Education (Scotland) Act, 1918, 1918
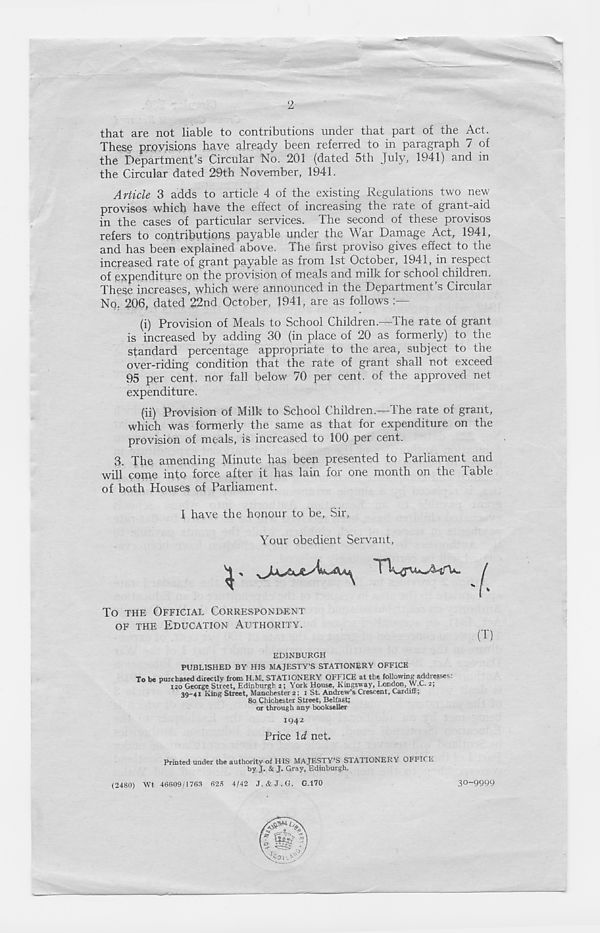
2
that are not liable to contributions under that part of the Act.
These provisions have already been referred to in paragraph 7 of
the Department’s Circular No. 201 (dated 5th July, 1941) and in
the Circular dated 29th November, 1941.
Article 3 adds to article 4 of the existing Regulations two new
provisos which have the effect of increasing the rate of grant-aid
in the cases of particular services. The second of these provisos
refers to contributions payable under the War Damage Act, 1941,
and has been explained above. The first proviso gives effect to the
increased rate of grant payable as from 1st October, 1941, in respect
of expenditure on the provision of meals and milk for school children.
These increases, which were announced in the Department’s Circular
No. 206, dated 22nd October, 1941, are as follows
(i) Provision of Meals to School Children.—The rate of grant
is increased by adding 30 (in place of 20 as formerly) to the
standard percentage appropriate to the area, subject to the
over-riding condition that the rate of grant shall not exceed
95 per cent, nor fall below 70 per cent, of the approved net
expenditure.
(ii) Provision of Milk to School Children.—The rate of grant,
which was formerly the same as that for expenditure on the
provision of meals, is increased to 100 per cent.
3. The amending Minute has been presented to Parliament and
will come into force after it has lain for one month on the Table
of both Houses of Parliament.
I have the honour to be, Sir,
Your obedient Servant,
To THE OFFICIAL CORRESPONDENT
OF THE EDUCATION AUTHORITY.
EDINBURGH
PUBLISHED BY HIS MAJESTY’S STATIONERY OFFICE
To be purchased directly from H.M. STATIONERY OFFICE at the following addresses:
iso George Street, Edinburgh 2; York House, Kingsway, London, W.C. 2,
39-41 King Street, Manchester 2; x St. Andrew’s Crescent, Cardiff;
80 Chichester Street, Belfast;
or through any bookseller
1942
Price Id net.
by j. & J. Gray, Edinburgh.
(2480) Wt 46609/1763 623 4/42 J. &J.G. G.170
Printed under the authority of HIS MAJESTY’S STATIONERY OFFICE
30-9999